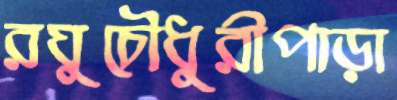
রঘুচৌধুরীপাড়া